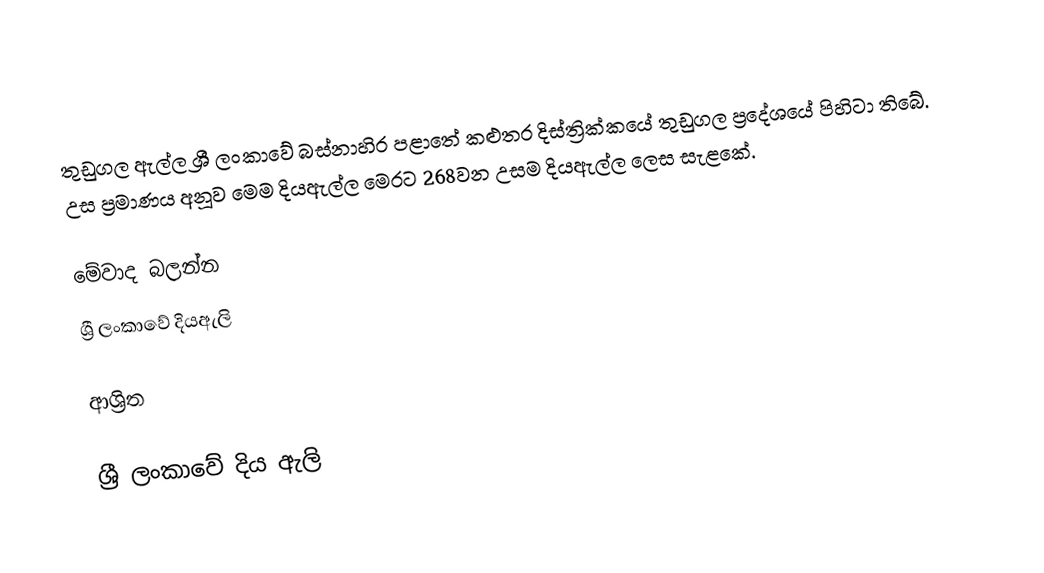
තුඩුගල ඇල්ල ශ්‍රී ලංකාවේ බස්නාහිර පළාතේ කළුතර දිස්ත්‍රික්කයේ තුඩුගල ප්‍රදේශයේ පිහිටා තිබේ. උස ප්‍රමාණය අනූව මෙම දියඇල්ල මෙරට 268වන උසම දියඇල්ල ලෙස සැළකේ.

මේවාද බලන්න
 ශ්‍රී ලංකාවේ දියඇලි

ආශ්‍රිත

ශ්‍රී ලංකාවේ දිය ඇලි